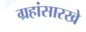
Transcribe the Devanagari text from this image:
ग्रहांसारखे